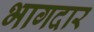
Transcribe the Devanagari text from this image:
भागदार